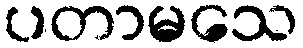
ပတာမသေ